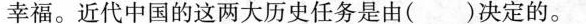
幸福。近代中国的这两大历史任务是由()决定的。